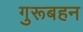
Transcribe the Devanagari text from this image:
गुरूबहन